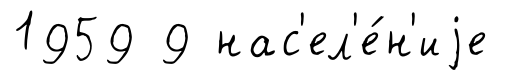
1959 9 нас'ел'е́н'иjе